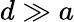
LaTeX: d\gg a